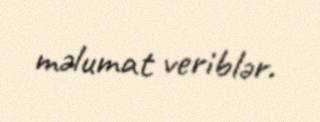
məlumat veriblər.